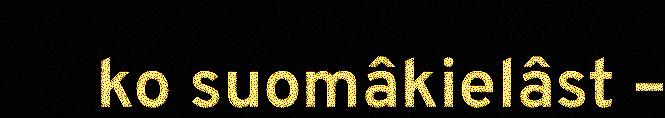
ko suomâkielâst –